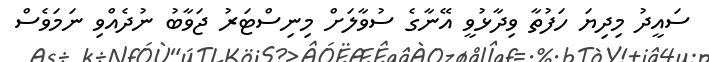
ސައީދު މިދިޔަ ހަފުތާ ވިދާޅުވީ އޭނާގެ ސުވާލަށް މިނިސްޓަރު ޖަވާބު ނުދެއްވި ނަމަވެސް